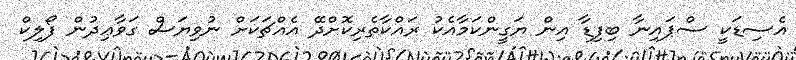
އެސިޑަކީ ސްޕައިނާ ބިފިޑާ އިން ޔަގީންކަމާއެކު ރައްކާތެރިކޮށްދޭ އެއްޗަކަށް ނުވިޔަސް ގަވާޢިދުން ފޯލިކް